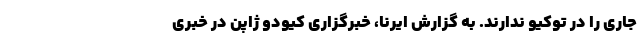
جاری را در توکیو ندارند. به گزارش ایرنا، خبرگزاری کیودو ژاپن در خبری